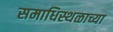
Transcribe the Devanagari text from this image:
समाधिस्थळाच्या